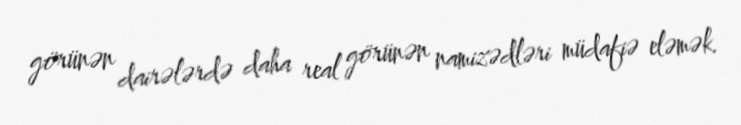
görünən dairələrdə daha real görünən namizədləri müdafiə eləmək.